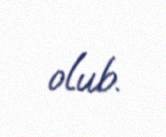
olub.